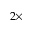
2 \times